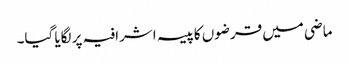
ماضی میں قرضوں کاپیسہ اشرافیہ پر لگایا گیا۔